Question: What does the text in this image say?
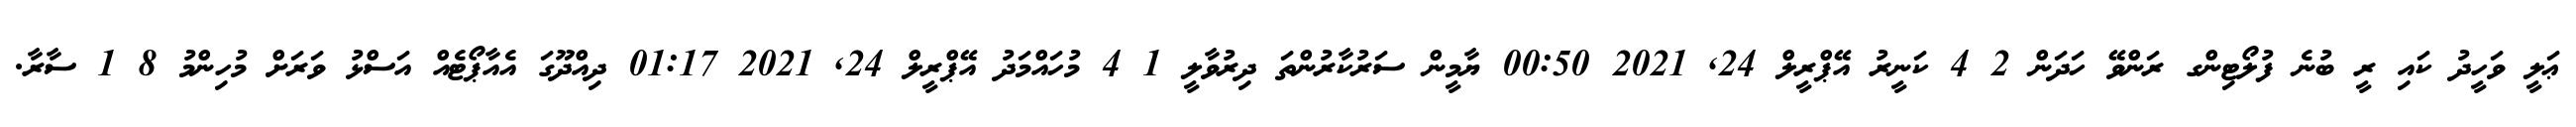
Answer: ޢަލީ ވަހީދު ކައި ރީ ބުނެ ފުލޯޓިންގ ރަންވޭ ހަދަން 2 4 ކަނީރު އޭޕްރީލް 24, 2021 00:50 ޔާމީން ސަރުކާރުންތަ ދިރުވާލީ 1 4 މުހައްމަދު އޭޕްރީލް 24, 2021 01:17 ދިއްދޫގަ އެއާޕޯޓެއް އަސްޅު ވަރަށް މުހިންމު 8 1 ސާރާ.